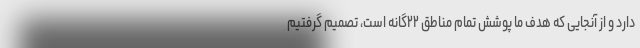
دارد و از آنجایی که هدف ما پوشش تمام مناطق ۲۲گانه است، تصمیم گرفتیم